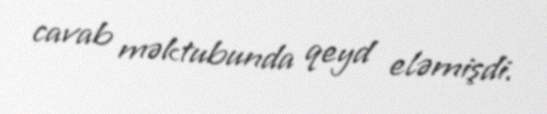
cavab məktubunda qeyd eləmişdi.